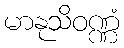
မာနုသိဝဏ္ဏံ